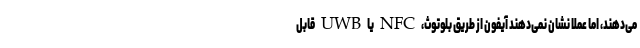
می‌دهند، اما عملا نشان نمی‌دهند آیفون از طریق بلوتوث، NFC یا UWB قابل